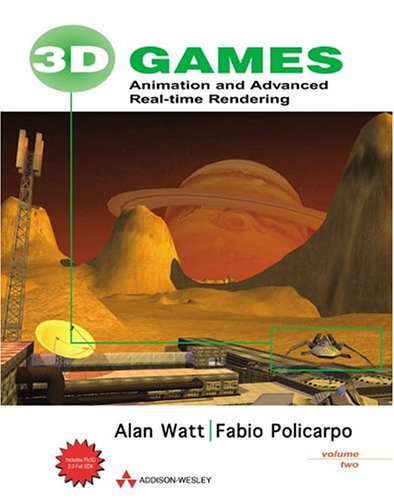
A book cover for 3D Games, Volume 2: Animation and Advanced Real-time Rendering; Alan Watt; Computers & Technology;